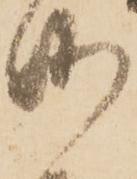
御